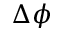
\Delta \phi